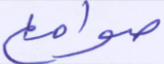
صوامع